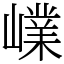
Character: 嶫